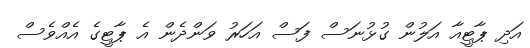
އަދި ޕާޓީއާ އަލުން ގުޅުނަސް ފަސް އަހަރު ވަންދެން އެ ޕާޓީގެ އެއްވެސް